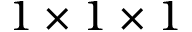
1 \times 1 \times 1